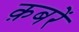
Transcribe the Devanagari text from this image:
क़बरें